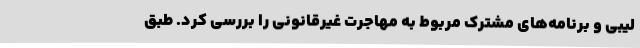
لیبی و برنامه‌های مشترک مربوط به مهاجرت غیرقانونی را بررسی کرد. طبق